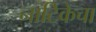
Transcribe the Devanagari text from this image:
नाटिकेचा